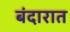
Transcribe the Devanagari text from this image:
बंदारात